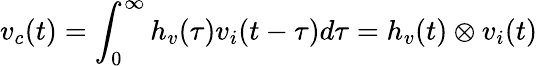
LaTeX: v_{c}(t)=\int_{0}^{\infty}h_{v}(\tau)v_{i}(t-\tau)d\tau=h_{v}(t)\otimes v_{i}(t)